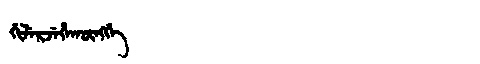
Manchu: ᡤᡳᠯᡝᡵᠵᡝᡥᠠᡴᡡᠩᡤᡝ
Romanization: GILERJEHAKŪNGGE